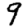
Digit: 9